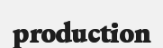
production